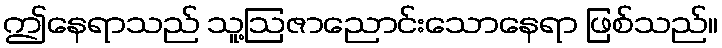
ဤနေရာသည် သူ့ဩဇာညောင်းသောနေရာ ဖြစ်သည်။